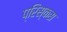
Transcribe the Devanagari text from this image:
प्रिस्कस